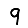
Digit: 9